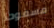
مسموحا